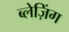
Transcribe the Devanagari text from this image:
ब्लेज़िंग